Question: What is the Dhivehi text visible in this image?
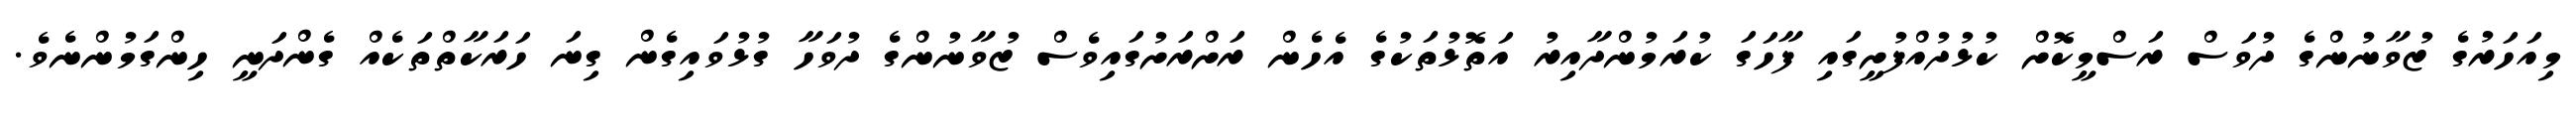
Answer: މިއަހަރުގެ ޒުވާނުންގެ ދުވަސް ރަސްމީކޮށް ކުޅުދުއްފުށީގައި ފާހަގަ ކުރަމުންދާއިރު އަތޮޅުތަކުގެ އެހެން ރަށްރަށުގައިވެސް ޒުވާނުންގެ ދުވަހާ ގުޅުވައިގެން ގިނަ ހަރަކާތްތަކެއް ގެންދަނީ ހިންގަމުންނެވެ.